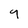
Character: 9